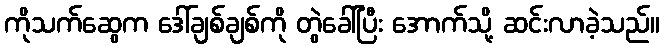
ကိုသက်ဆွေက ဒေါ်ချစ်ချစ်ကို တွဲခေါ်ပြီး အောက်သို့ ဆင်းလာခဲ့သည်။